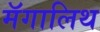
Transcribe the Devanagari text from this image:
मॅगालिथ